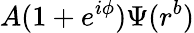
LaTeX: A(1+e^{i\phi})\Psi(r^{b})